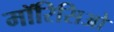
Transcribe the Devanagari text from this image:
मॉरिसिओ